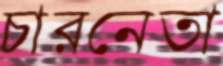
চারনেতা